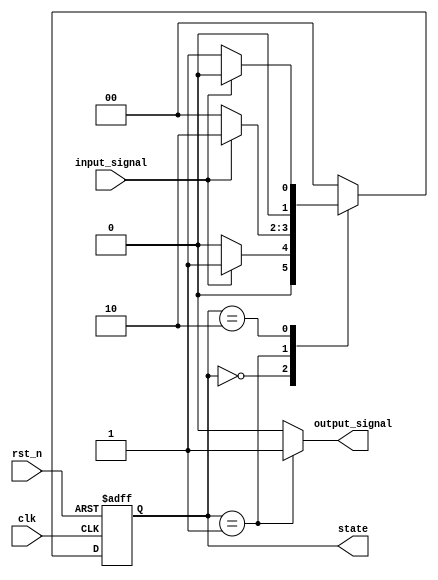
module moore_fsm (
    input wire clk,
    input wire rst_n,           // Active low reset
    input wire input_signal,    // Input signal to influence state transitions
    output reg [1:0] state,     // Current state output (2 bits for 3 states)
    output reg output_signal     // Output signal based on the current state
);

    // State encoding
    localparam S0 = 2'b00; // State 0
    localparam S1 = 2'b01; // State 1
    localparam S2 = 2'b10; // State 2

    // State Register
    always @(posedge clk or negedge rst_n) begin
        if (!rst_n)
            state <= S0;  // Asynchronous reset to state S0
        else begin
            case (state)
                S0: if (input_signal) state <= S1; else state <= S0; // Transition to S1
                S1: if (input_signal) state <= S2; else state <= S0; // Transition to S2 or reset to S0
                S2: if (input_signal) state <= S0; else state <= S1; // Transition back to S0 or S1
                default: state <= S0; // Default case
            endcase
        end
    end

    // Output Logic
    always @(*) begin
        case (state)
            S0: output_signal = 1'b0; // Output for state S0
            S1: output_signal = 1'b1; // Output for state S1
            S2: output_signal = 1'b0; // Output for state S2
            default: output_signal = 1'b0; // Default output
        endcase
    end

endmodule